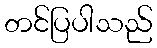
တင်ပြပါသည်